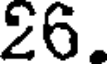
26.